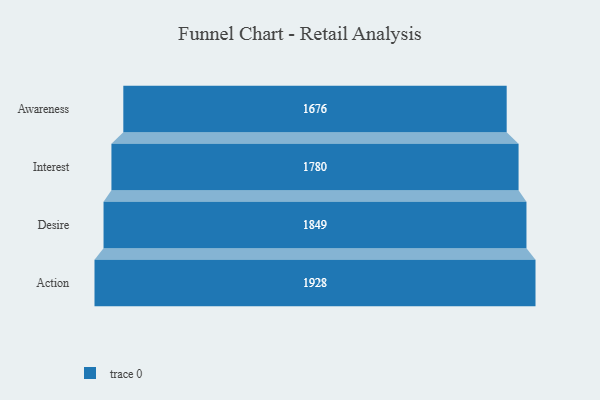
{"axis": {"x": "Stage", "y": "Value"}, "legend": [""], "data": [{"x": "Awareness", "y": 1676.0, "type": ""}, {"x": "Interest", "y": 1780.0, "type": ""}, {"x": "Desire", "y": 1849.0, "type": ""}, {"x": "Action", "y": 1928.0, "type": ""}]}